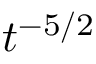
t ^ { - 5 / 2 }